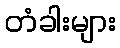
တံခါးများ